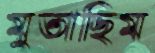
মুতাছিম